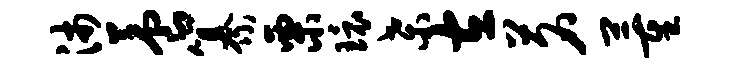
沛养纂栗环桑左茗董